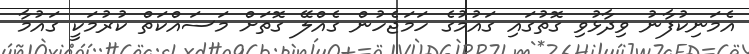
އެމަނިކުފާނު ވިދާޅުވި ގޮތުގައި ގައުމުގެ ހަމަޖެހުން ގެއްލޭ ގޮތަށް މަސައްކަތް ކުރުމަކީ ގައުމާ